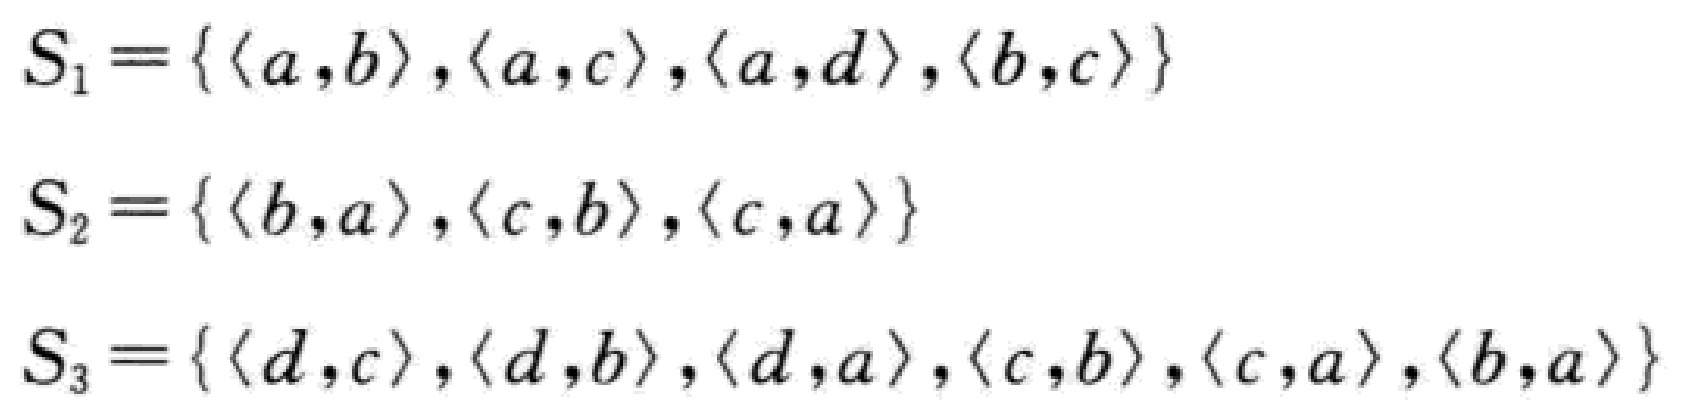
\[

\begin{align*}

S_1&=\{\langle a,b\rangle,\langle a,c\rangle,\langle a,d\rangle,\langle b,c\rangle\}\\

S_2&=\{\langle b,a\rangle,\langle c,b\rangle,\langle c,a\rangle\}\\

S_3&=\{\langle d,c\rangle,\langle d,b\rangle,\langle d,a\rangle,\langle c,b\rangle,\langle c,a\rangle,\langle b,a\rangle\}

\end{align*}

\]